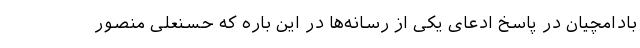
بادامچیان در پاسخ ادعای یکی از رسانه‌ها در این باره که حسنعلی منصور